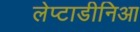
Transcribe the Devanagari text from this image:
लेप्टाडीनिआ